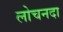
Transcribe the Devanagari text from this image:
लोचनदा